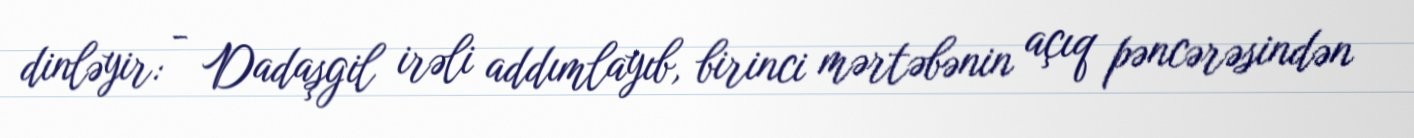
dinləyir: - Dadaşgil irəli addımlayıb, birinci mərtəbənin açıq pəncərəsindən